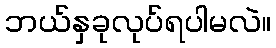
ဘယ်နှခုလုပ်ရပါမလဲ။